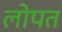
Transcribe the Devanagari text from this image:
लोपत